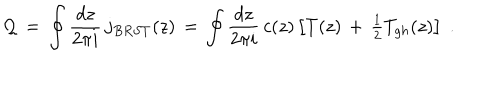
{ \cal Q } \, = \, \oint \frac { d z } { 2 \pi i } \, j _ { B R S T } ( z ) \, = \, \oint \frac { d z } { 2 \pi i } \, c ( z ) \left[ T ( z ) \, + \, \textstyle { \frac { 1 } { 2 } } T _ { g h } ( z ) \right] \; .